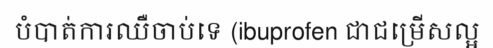
បំបាត់ការឈឺចាប់ទេ (ibuprofen ជាជម្រើសល្អ